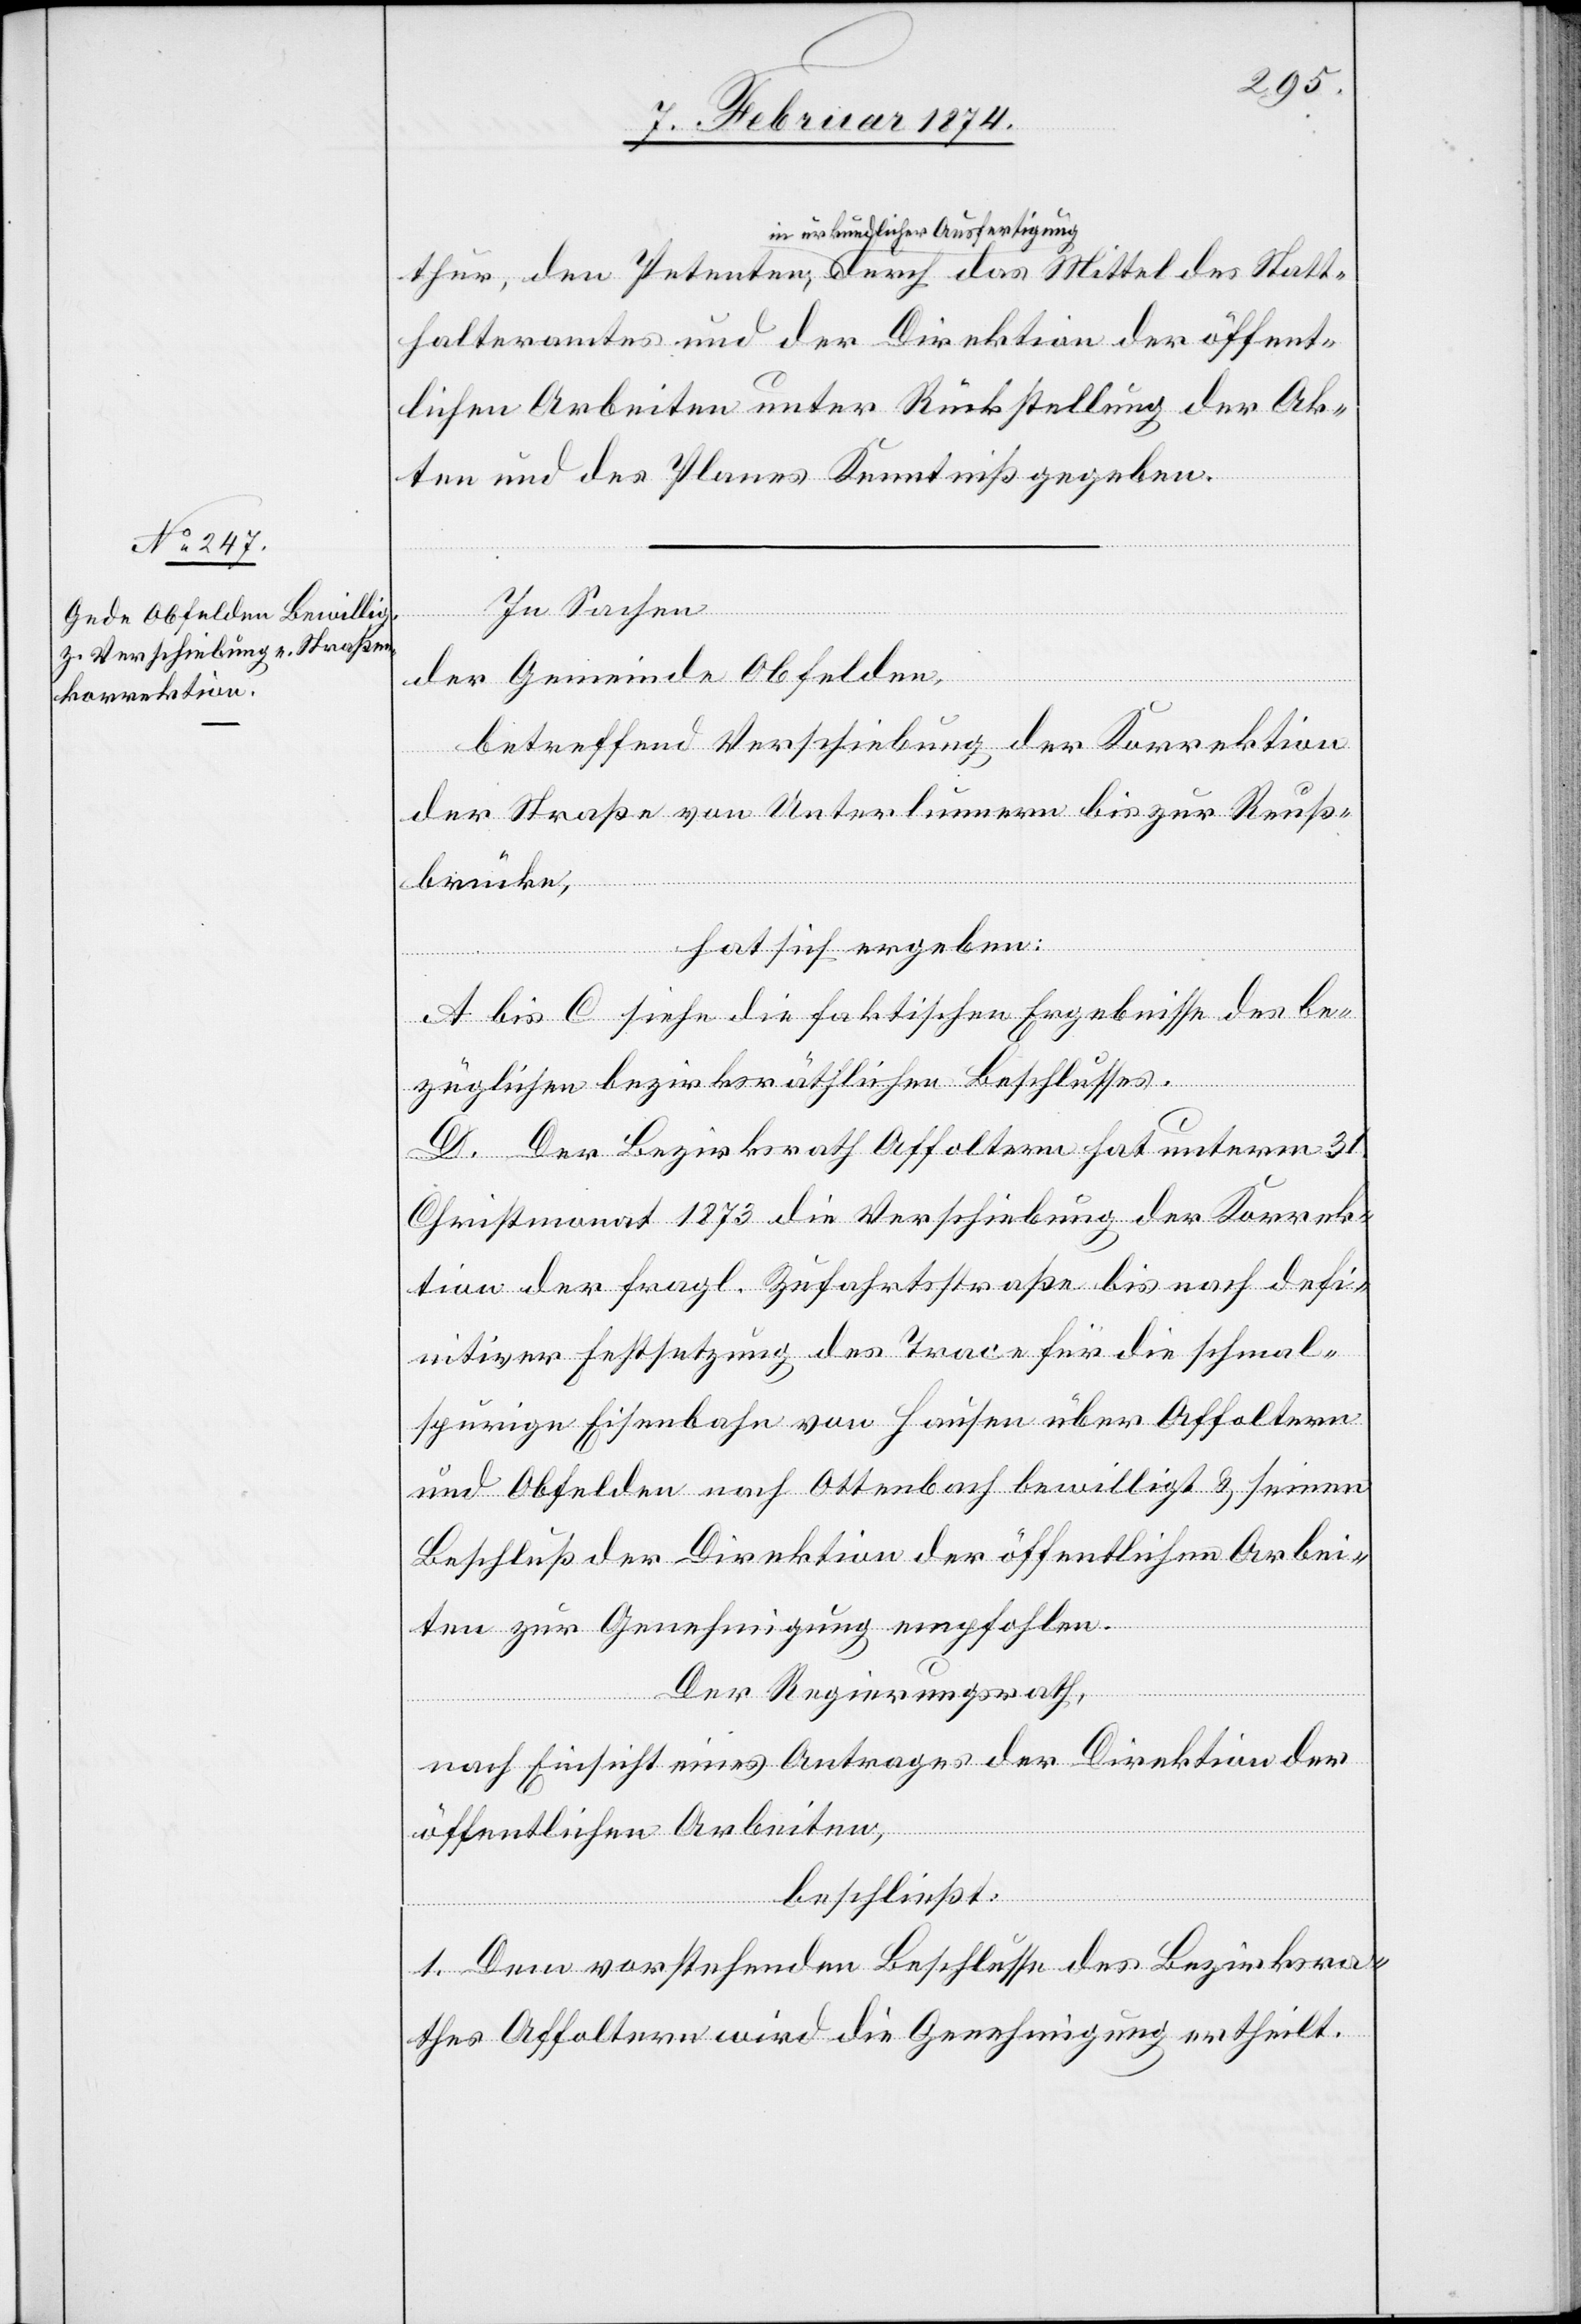
Stat¬
in urkundlicher Ausfertigung,
thalteramtes und der Direktion der öffent¬
lichen Arbeiten unter Rückstellung der Ak¬
ten und des Planes Kenntniß gegeben.
In Sachen
der Gemeinde Obfelden,
betreffend Verschiebung der Korrektion
der Straße von Unterlunnern bis zur Reuß¬
brücke,
hat sich ergeben:
A bis C siehe die faktischen Ergebnisse des be¬
züglichen bezirksräthlichen Beschlusses.
D. Der Bezirksrath Affoltern hat unterm 31.
Christmonat 1873 die Verschiebung der Korrek¬
tion der fragl. Zufahrtsstraße bis nach defi¬
nitiver Festsetzung des Trace für die schmal¬
spurige Eisenbahn von Hausen über Affoltern
und Obfelden nach Ottenbach bewilligt u. seinen
Beschluß der Direktion der öffentlichen Arbei¬
ten zur Genehmigung empfohlen.
Der Regierungsrath,
nach Einsicht eines Antrages der Direktion der
öffentlichen Arbeiten,
beschließt:
1. Dem vorstehenden Beschlusse des Bezirksra¬
thes Affoltern wird die Genehmigung ertheilt.